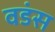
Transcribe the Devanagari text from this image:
वडंस